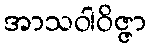
အာသဝါဝိဇ္ဇာ